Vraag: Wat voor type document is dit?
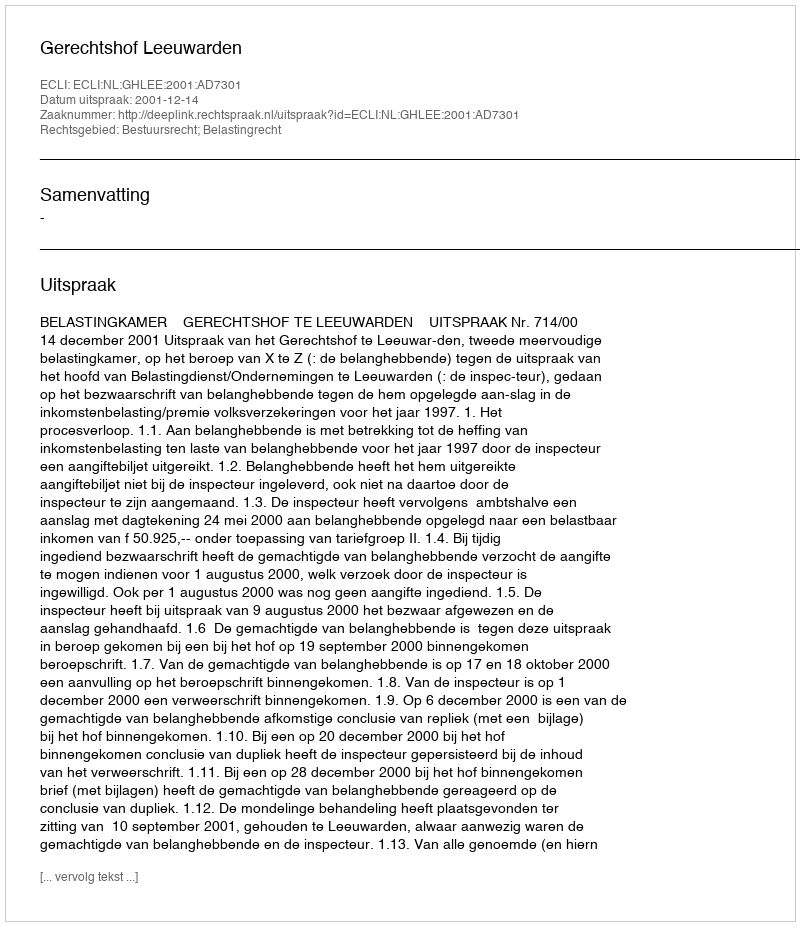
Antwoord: Uitspraak